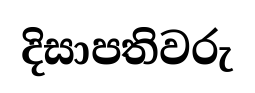
දිසාපතිවරු